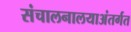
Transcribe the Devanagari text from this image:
संचालनालयाअंतर्गत